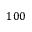
1 0 0